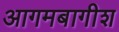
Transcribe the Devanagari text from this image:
आगमबागीश